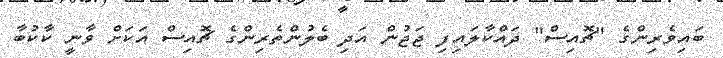
ބައިވެރިންގެ "ޗޮއިސް" ދައްކާލައިފި ޖަޖުން އަދި ބެލުންތެރިންގެ ޗޮއިސް އަކަށް ވާނީ ކާކުބާ